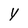
Character: Y